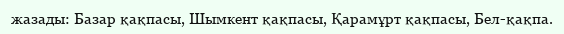
жазады: Базар қақпасы, Шымкент қақпасы, Қарамұрт қақпасы, Бел-қақпа.